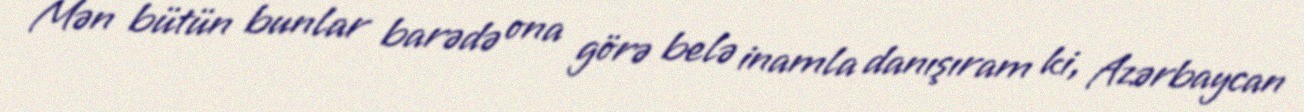
Mən bütün bunlar barədə ona görə belə inamla danışıram ki, Azərbaycan